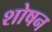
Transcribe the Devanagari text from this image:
शोषन